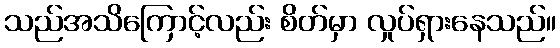
သည်အသိကြောင့်လည်း စိတ်မှာ လှုပ်ရှားနေသည်။